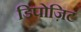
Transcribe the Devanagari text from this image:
डिपोज़िट